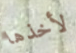
لأخذها